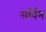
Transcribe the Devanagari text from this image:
सर्पिन